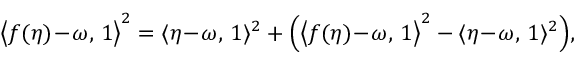
\big \langle f ( \eta ) \! - \! \omega , \, 1 \big \rangle ^ { 2 } = \langle \eta \! - \! \omega , \, 1 \rangle ^ { 2 } + \Big ( \big \langle f ( \eta ) \! - \! \omega , \, 1 \big \rangle ^ { 2 } - \langle \eta \! - \! \omega , \, 1 \rangle ^ { 2 } \Big ) ,